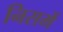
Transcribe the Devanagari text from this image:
निसमें